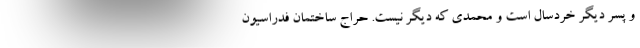
و پسر دیگر خردسال است و محمدی که دیگر نیست. حراج ساختمان فدراسیون